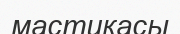
мастикасы